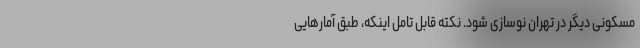
مسکونی دیگر در تهران نوسازی شود. نکته قابل تامل اینکه، طبق آمارهایی